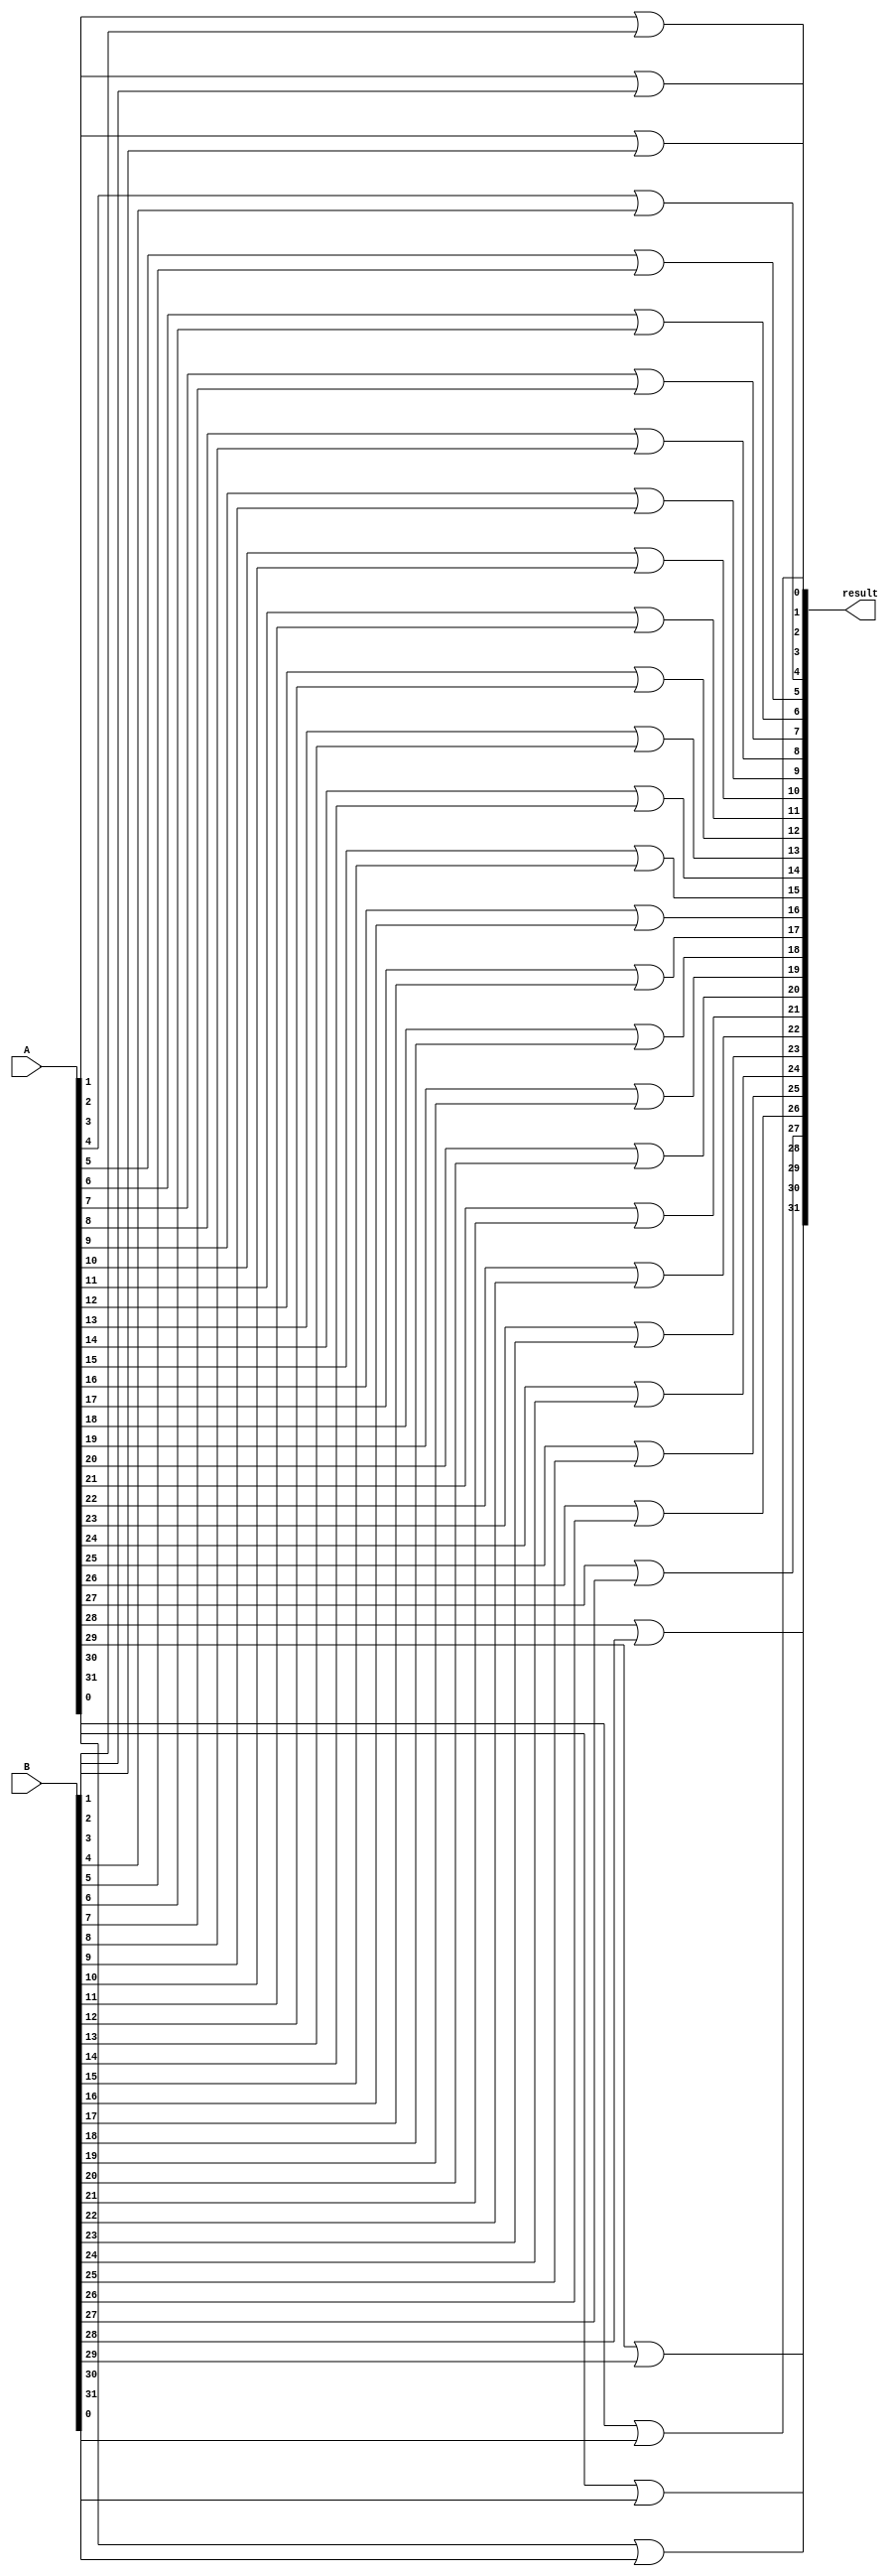
module orCalc(A, B, result);

    input [31:0] A, B;

    output [31:0] result;

    wire r0, r1, r2, r3, r4, r5, r6, r7, r8, r9, r10, r11, r12, r13, r14, r15, r16, r17, r18, r19, r20, r21, r22, r23, r24, r25, r26, r27, r28, r29, r30, r31;

    or res0(r0, A[0], B[0]);
    or res1(r1, A[1], B[1]);
    or res2(r2, A[2], B[2]);
    or res3(r3, A[3], B[3]);
    or res4(r4, A[4], B[4]);
    or res5(r5, A[5], B[5]);
    or res6(r6, A[6], B[6]);
    or res7(r7, A[7], B[7]);
    or res8(r8, A[8], B[8]);
    or res9(r9, A[9], B[9]);
    or res10(r10, A[10], B[10]);
    or res11(r11, A[11], B[11]);
    or res12(r12, A[12], B[12]);
    or res13(r13, A[13], B[13]);
    or res14(r14, A[14], B[14]);
    or res15(r15, A[15], B[15]);
    or res16(r16, A[16], B[16]);
    or res17(r17, A[17], B[17]);
    or res18(r18, A[18], B[18]);
    or res19(r19, A[19], B[19]);
    or res20(r20, A[20], B[20]);
    or res21(r21, A[21], B[21]);
    or res22(r22, A[22], B[22]);
    or res23(r23, A[23], B[23]);
    or res24(r24, A[24], B[24]);
    or res25(r25, A[25], B[25]);
    or res26(r26, A[26], B[26]);
    or res27(r27, A[27], B[27]);
    or res28(r28, A[28], B[28]);
    or res29(r29, A[29], B[29]);
    or res30(r30, A[30], B[30]);
    or res31(r31, A[31], B[31]);

    assign result = {r31, r30, r29, r28, r27, r26, r25, r24, r23, r22, r21, r20, r19, r18, r17, r16, r15, r14, r13, r12, r11, r10, r9, r8, r7, r6, r5, r4, r3, r2, r1, r0};
 


endmodule